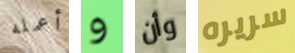
أعمله و وأن سريره